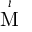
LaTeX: \stackrel { \iota } { \mathrm { M } }